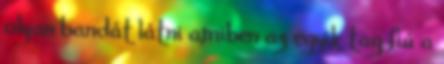
olyan bandát látni amiben az egyik tag fiú a